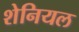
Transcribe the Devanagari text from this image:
शेनियल